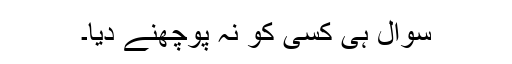
سوال ہی کسی کو نہ پوچھنے دیا۔